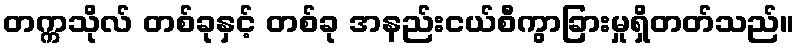
တက္ကသိုလ် တစ်ခုနှင့် တစ်ခု အနည်းငယ်စီကွာခြားမှုရှိတတ်သည်။